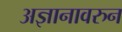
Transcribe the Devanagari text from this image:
अज्ञानावरुन